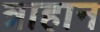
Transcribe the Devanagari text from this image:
त्राहान